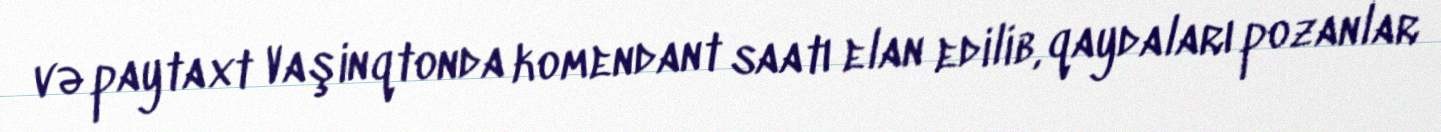
və paytaxt Vaşinqtonda komendant saatı elan edilib, qaydaları pozanlar